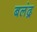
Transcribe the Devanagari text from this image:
बलंद्र